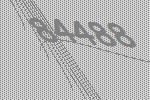
84488